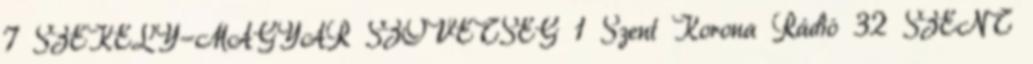
7 SZÉKELY-MAGYAR SZÖVETSÉG 1 Szent Korona Rádió 32 SZENT